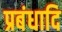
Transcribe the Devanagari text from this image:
प्रबंधादि